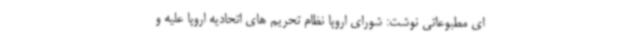
ای مطبوعاتی نوشت: شورای اروپا نظام تحریم های اتحادیه اروپا علیه و